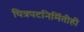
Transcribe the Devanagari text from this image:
चित्रपटनिर्मितीही